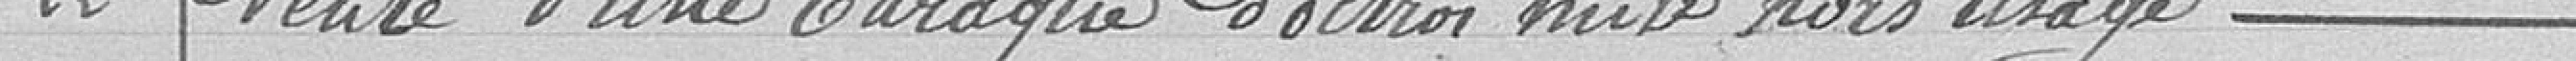
22 - Vente d'une baraque d'octroi mise hors d'usage